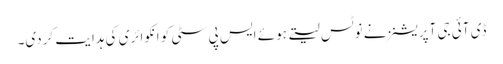
ڈی آئی جی آپریشنز نے نوٹس لیتے ہوئے ایس پی سٹی کو انکوائری کی ہدایت کردی۔